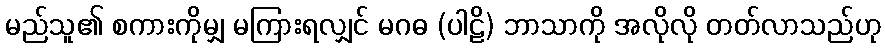
မည်သူ၏ စကားကိုမျှ မကြားရလျှင် မဂဓ (ပါဠိ) ဘာသာကို အလိုလို တတ်လာသည်ဟု